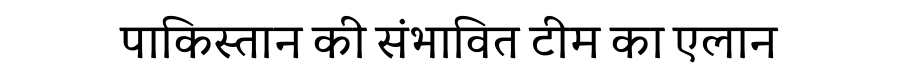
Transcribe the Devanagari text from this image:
पाकिस्तान की संभावित टीम का एलान